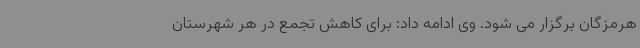
هرمزگان برگزار می شود. وی ادامه داد: برای کاهش تجمع در هر شهرستان